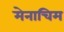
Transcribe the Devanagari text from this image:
मेनाचिम